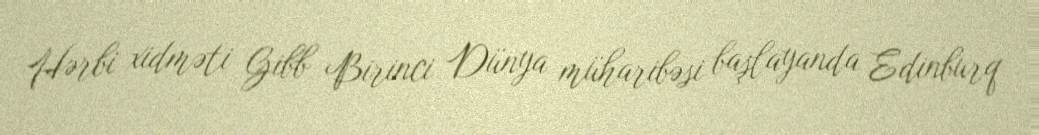
Hərbi xidməti Gibb Birinci Dünya müharibəsi başlayanda Edinburq